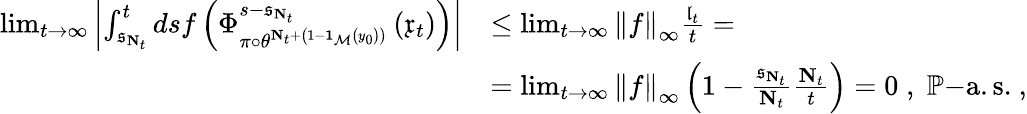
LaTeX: \begin{array}{rl}{\operatorname*{lim}_{t\rightarrow\infty}\left\vert\int_{\mathfrak{s}_{\mathbf{N}_{t}}}^{t}dsf\left(\Phi_{\pi\circ\theta^{\mathbf{N}_{t}+\left(1-\mathbf{1}_{\mathcal{M}}\left(y_{0}\right)\right)}}^{s-\mathfrak{s}_{\mathbf{N}_{t}}}\left(\mathfrak{x}_{t}\right)\right)\right\vert}&{\leq\operatorname*{lim}_{t\rightarrow\infty}\left\Vert f\right\Vert_{\infty}\frac{\mathfrak{l}_{t}}{t}=}\\ &{=\operatorname*{lim}_{t\rightarrow\infty}\left\Vert f\right\Vert_{\infty}\left(1-\frac{\mathfrak{s}_{\mathbf{N}_{t}}}{\mathbf{N}_{t}}\frac{\mathbf{N}_{t}}{t}\right)=0\; ,\; \mathbb{P}\mathrm{-a.s.}\ ,}\end{array}